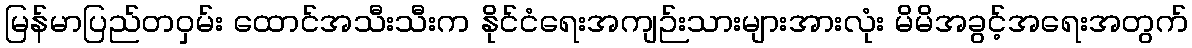
မြန်မာပြည်တဝှမ်း ထောင်အသီးသီးက နိုင်ငံရေးအကျဉ်းသားများအားလုံး မိမိအခွင့်အရေးအတွက်